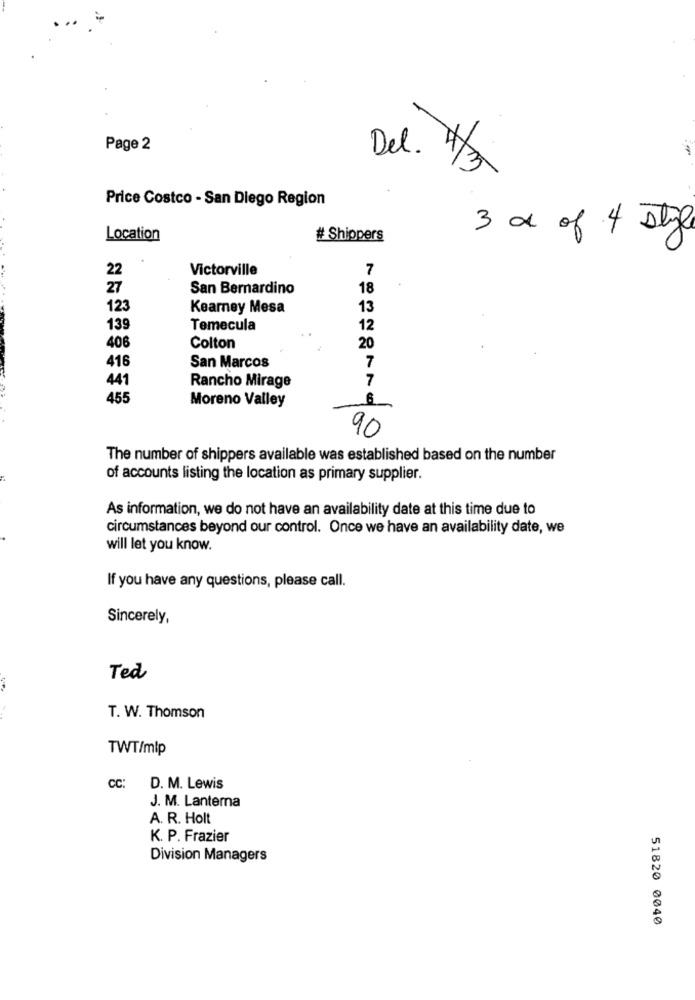
Page 2
Del. 41/3
Price Costco - San Diego Region
Location
# Shippers
3 x of 4 style
22
Victorville
7
27
San Bernardino
18
123
Kearney Mesa
13
139
Temecula
12
406
Colton
20
416
San Marcos
7
441
7
Rancho Mirage
455
Moreno Valley
6
90
The number of shippers available was established based on the number
of accounts listing the location as primary supplier.
As information, we do not have an availability date at this time due to
circumstances beyond our control. Once we have an availability date, we
will let you know.
If you have any questions, please call.
Sincerely,
Ted
T. W. Thomson
TWT/mlp
CC: D. M. Lewis
J. M. Lanterna
A. R. Holt
K. P. Frazier
Division Managers
51820 0040